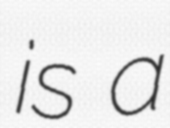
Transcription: is a